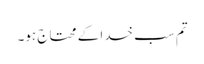
تم سب خدا کے محتاج ہو۔